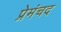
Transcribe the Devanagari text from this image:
प्रेमंचद